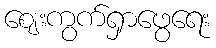
ဈေးကွက်ရှာဖွေရေး